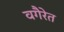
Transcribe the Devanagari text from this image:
वगैरेत